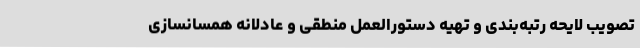
تصویب لایحه رتبه‌بندی و تهیه دستورالعمل منطقی و عادلانه همسانسازی